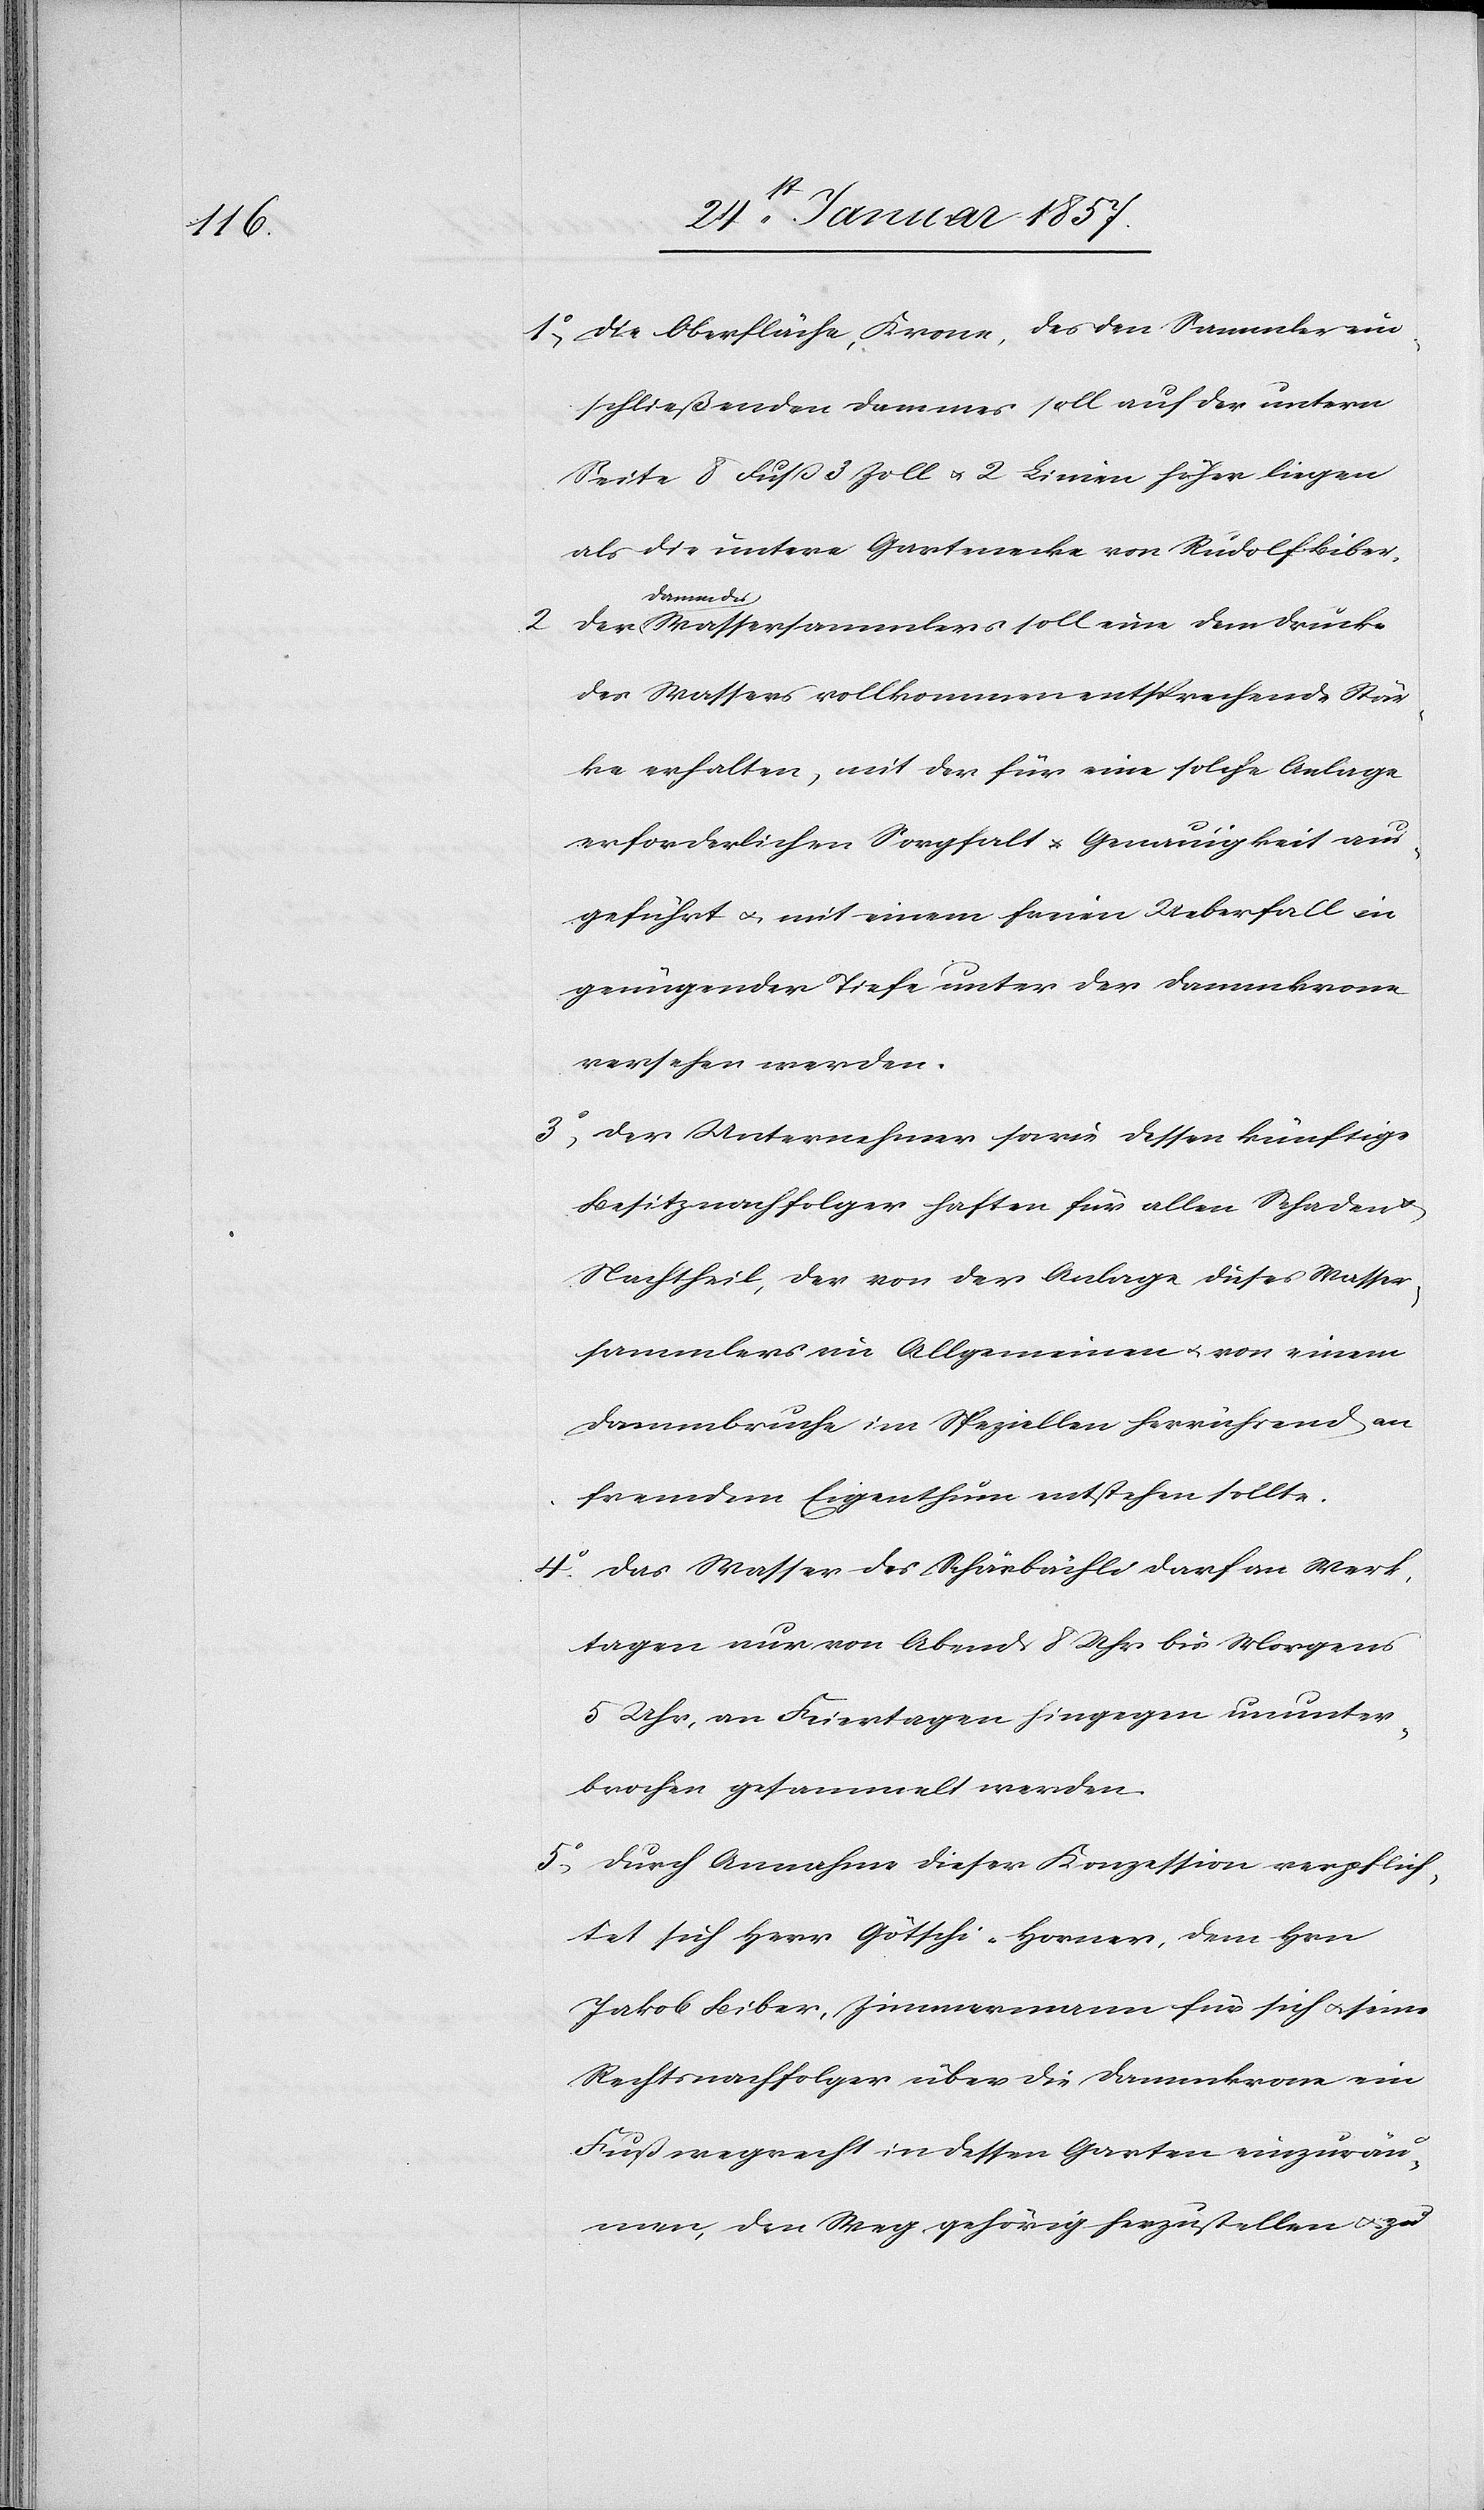
1, Die Oberfläche, Krone, des den Sammler um¬
schließenden Dammes soll auf der untern
Seite 8 Fuß 3 Zoll & 2 Linien höher liegen
als die untere Gartenecke von Rudolf Biber.
des-a Wassersammlers soll eine dem Drucke
des Wassers vollkommen entsprechende Stär¬
ke erhalten, mit der für eine solche Anlage
erforderlichen Sorgfalt u. Genauigkeit aus¬
geführt & mit einem freien Ueberfall in
genügender Tiefe unter der Dammkrone
versehen werden.
3, Der Unternehmer sowie dessen künftige
Besitznachfolger haften für allen Schaden
Nachtheil, der von der Anlage dieses Wasser¬
sammlers im Allgemeinen u. von einem
Dammbruche im Speziellen herrührend an
fremden Eigenthum entstehen sollte.
4. Das Wasser des Schärbächli darf an Werk¬
tagen nur von Abends 8 Uhr bis Morgens
5 Uhr, an Feiertagen hingegen ununter¬
brochen gesammelt werden.
5, Durch Annahme dieser Konzession verpflich¬
tet sich Herr Götschi-Horner, dem Hrn
Jakob Biber, Zimmermann für sich & seine
Rechtsnachfolger über die Dammkrone ein
Fußwegrecht in dessen Garte einzuräu¬
men, den Weg gehörig herzustellen & zu